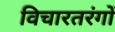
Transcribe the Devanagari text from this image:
विचारतरंगों